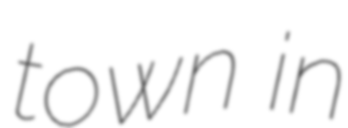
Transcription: town in